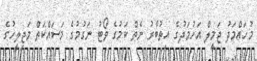
މުހައްމަދު ޖަމީލް އަހުމަދުގެ އިތުބާރު ނެތް ކަމުގެ ވޯޓު ނަގުމުގެ މަސައްކަތް މަޖިލީހުގެ